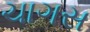
ચાગસ